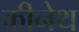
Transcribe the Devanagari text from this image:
कीनेथ